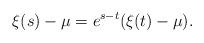
LaTeX: \begin{align*} \xi(s)-\mu=e^{s-t}(\xi(t)-\mu).\end{align*}